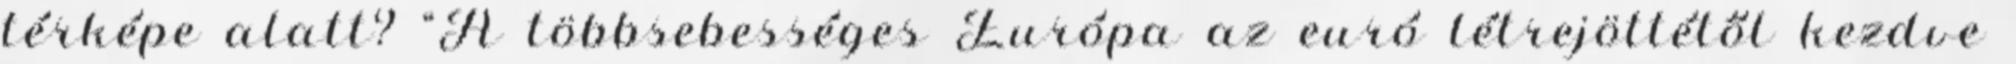
térképe alatt? “A többsebességes Európa az euró létrejöttétől kezdve